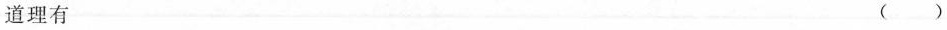
道理有 ()